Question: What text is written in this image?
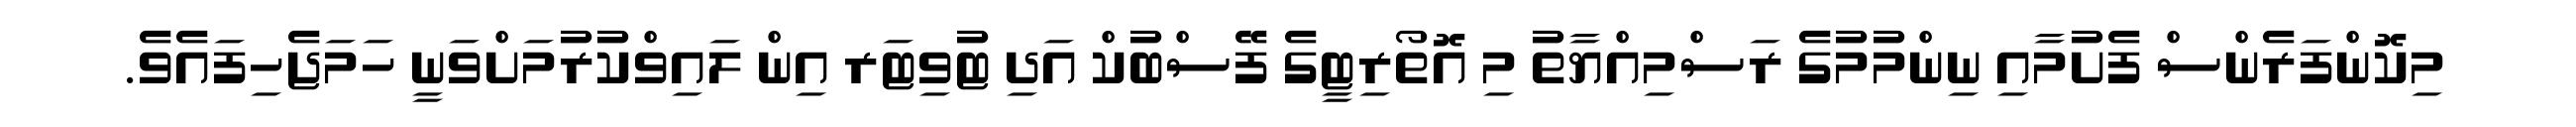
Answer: މިކޮންފަރެންސް ފެށުމާއި ނިންމުމުގެ ރަސްމިއްޔާތު މި އޮތޯރިޓީގެ ފޭސްބުކް އަދި ޓުވިޓަރ އިން ލައިވްކުރުމަށްވަނީ ހަމަޖެހިފައެވެ.